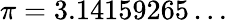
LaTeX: \pi=3.14159265\ldots